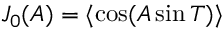
J _ { 0 } ( A ) = \langle \cos ( A \sin T ) \rangle